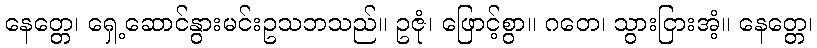
နေတ္တေ၊ ရှေ့ဆောင်နွားမင်းဥသဘသည်။ ဥဇုံ၊ ဖြောင့်စွာ။ ဂတေ၊ သွားငြားအံ့။ နေတ္တေ၊